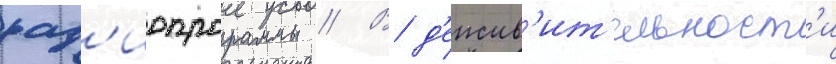
рад'иопрограммы // В д'еиств'ит'ельност'и